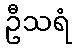
ဦသရံ